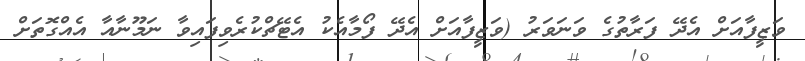
ވަޒީފާއަށް އެދޭ ފަރާތުގެ ވަނަވަރު (ވަޒީފާއަށް އެދޭ ފޯމާއެކު އެޓޭޗްކުރެވިފައިވާ ނަމޫނާއާ އެއްގޮތަށް